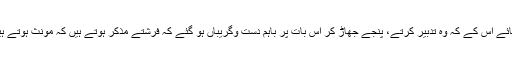
بجائے اس کے کہ وہ تدبیر کرتے، پنجے جھاڑ کر اس بات پر باہم دست وگریباں ہو گئے کہ فرشتے مذکر ہوتے ہیں کہ مونث ہوتے ہیں۔